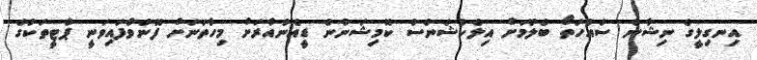
އިނގިލީގެ ނިޝާން ސައްހަތޯ ބެލުމަށް އިލެކްޝަންސް ކޮމިޝަނުން ޑީއެންއާރަށް މިހާތަނަށް ފޮނުވާފައިވަނީ ޕާޓީތަކުގެ